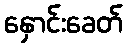
နှောင်းခေတ်